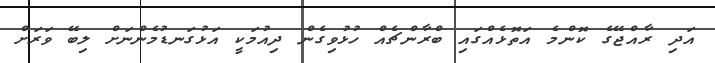
އަދި ރާއްޖޭގެ ކޮންމެ އަތޮޅެއްގައި ބްރާންޗެއް ހުޅުވިގެން ދިއުމަކީ އަޅުގަނޑުމެންނަށް ލިބޭ ވަރަށް